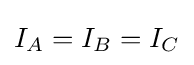
I_{A}=I_{B}=I_{C}